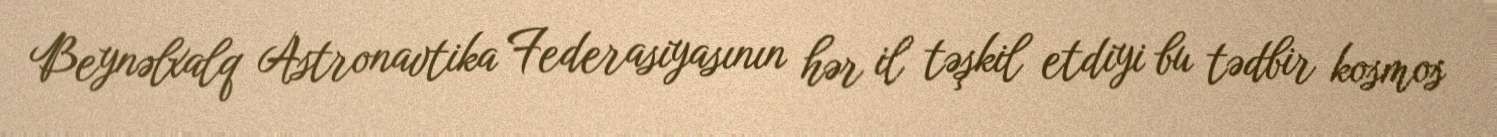
Beynəlxalq Astronavtika Federasiyasının hər il təşkil etdiyi bu tədbir kosmos